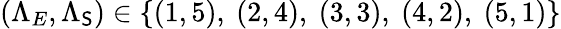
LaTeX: (\Lambda_{E},\Lambda_{\mathsf{S}})\in\{ (1,5),~(2,4),~(3,3),~(4,2),~(5,1)\}